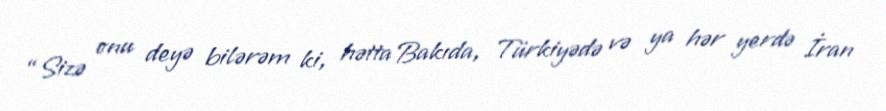
“Sizə onu deyə bilərəm ki, hətta Bakıda, Türkiyədə və ya hər yerdə İran